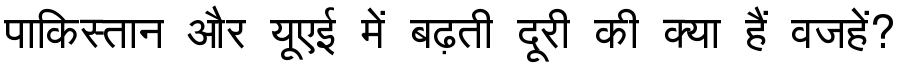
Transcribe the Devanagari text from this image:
पाकिस्तान और यूएई में बढ़ती दूरी की क्या हैं वजहें?